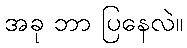
အခု ဘာ ပြနေလဲ။